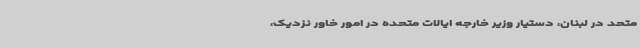
متحد در لبنان، دستیار وزیر خارجه ایالات متحده در امور خاور نزدیک،